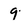
Character: 9